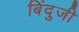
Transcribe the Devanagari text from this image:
बिंदुजी